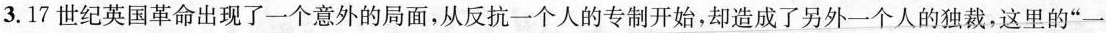
3.17世纪英国革命出现了一个意外的局面，从反抗一个人的专制开始，却造成了另外一个人的独裁，这里的”一